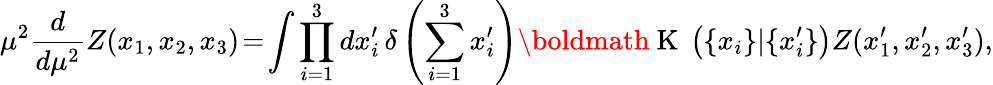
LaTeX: \mu^{2}\frac{d}{d\mu^{2}}Z(x_{1},x_{2},x_{3})\! =\! \int\prod_{i=1}^{3}dx_{i}^{\prime}\, \delta\left(\sum_{i=1}^{3}x_{i}^{\prime}\right)\mathrm{\boldmath~K~}\left(\{ x_{i}\} |\{ x_{i}^{\prime}\} \right)Z(x_{1}^{\prime},x_{2}^{\prime},x_{3}^{\prime}),